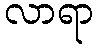
လာရာ